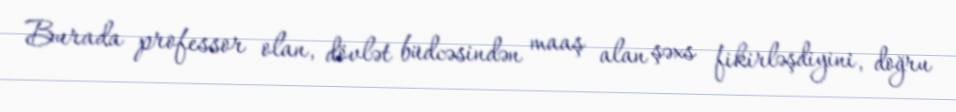
Burada professor olan, dövlət büdcəsindən maaş alan şəxs fikirləşdiyini, doğru